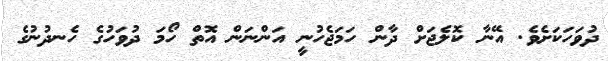
ދުވަހަކަށެވެ. އޭނާ ކޮލެޖަށް ދާން ހަމަޖެހުނީ އަންނަން އޮތް ހޯމަ ދުވަހުގެ ހެނދުނުގެ